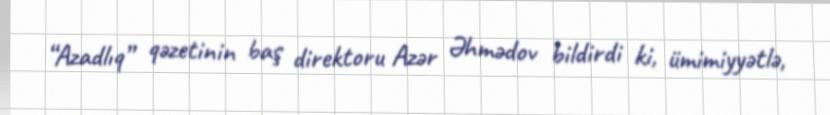
“Azadlıq” qəzetinin baş direktoru Azər Əhmədov bildirdi ki, ümimiyyətlə,